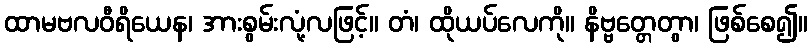
ထာမဗလဝီရိယေန၊ အားစွမ်းလုံ့လဖြင့်။ တံ၊ ထိုယပ်လေကို။ နိဗ္ဗတ္တေတွာ၊ ဖြစ်စေ၍။